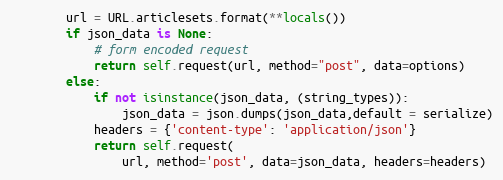
Language: Python
        url = URL.articlesets.format(**locals())
        if json_data is None:
            # form encoded request
            return self.request(url, method="post", data=options)
        else:
            if not isinstance(json_data, (string_types)):
                json_data = json.dumps(json_data,default = serialize)
            headers = {'content-type': 'application/json'}
            return self.request(
                url, method='post', data=json_data, headers=headers)